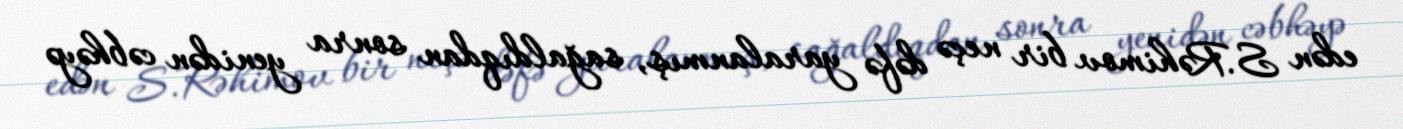
edən S.Rəhimov bir neçə dəfə yaralanmış, sağaldıqdan sonra yenidən cəbhəyə